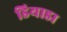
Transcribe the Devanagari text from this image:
डियाडा